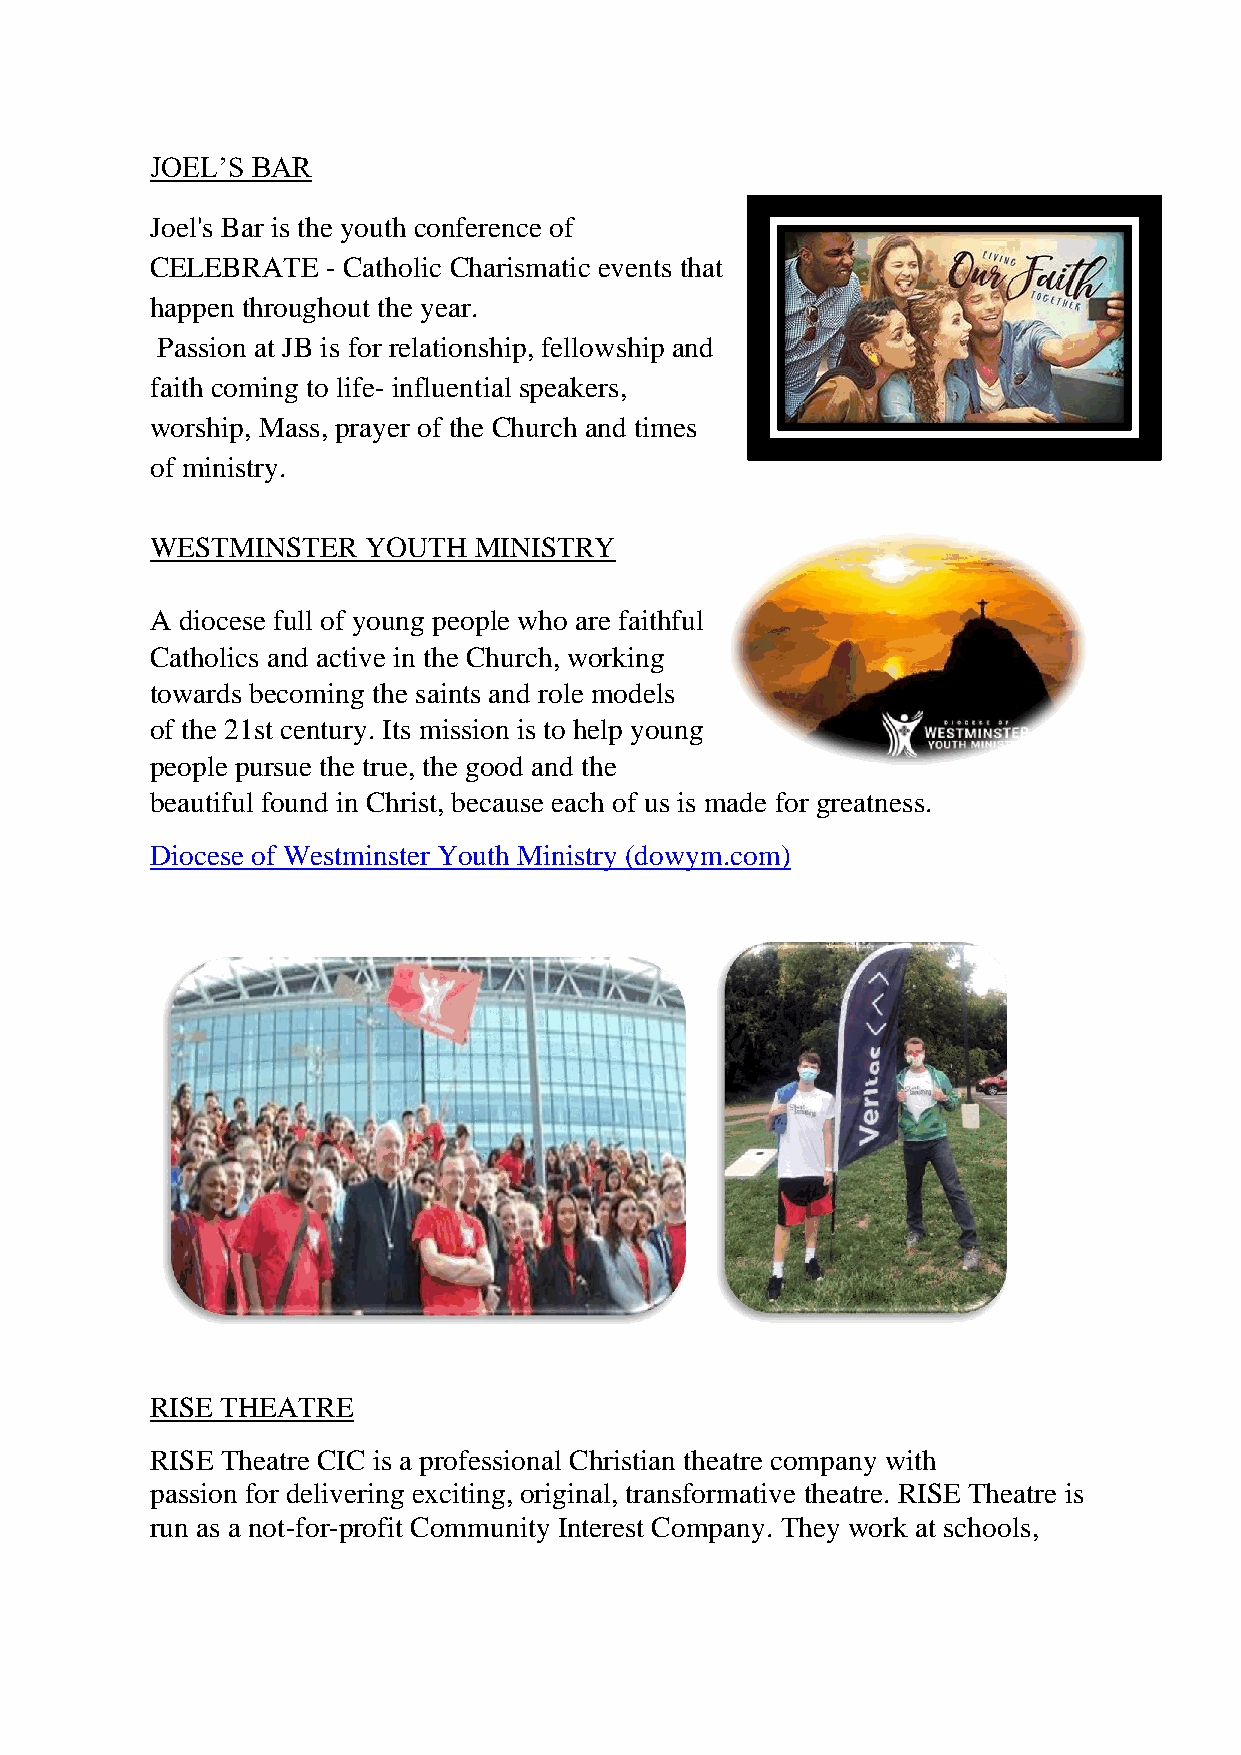
JOEL’S BAR
 Joel's Bar is the youth conference of
 CELEBRATE   - Catholic Charismatic events that
 happen throughout the year.
 Passion at JB is for relationship, fellowship and
 faith coming to life- influential speakers,
 worship, Mass, prayer of the Church and times
 of ministry.
 WESTMINSTER   YOUTH  MINISTRY
 A diocese full of young people who are faithful
 Catholics and active in the Church, working
 towards becoming the saints and role models
 of the 21st century. Its mission is to help young
 people pursue the true, the good and the
 beautiful found in Christ, because each of us is made for greatness.
 Diocese of Westminster Youth Ministry (dowym.com)
 RISE THEATRE
 RISE Theatre CIC is a professional Christian theatre company with
 passion for delivering exciting, original, transformative theatre. RISE Theatre is
 run as a not-for-profit Community Interest Company. They work at schools,